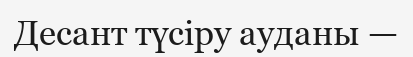
Десант түсіру ауданы —